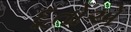
દૂતોએ